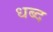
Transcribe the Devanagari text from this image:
धब्द